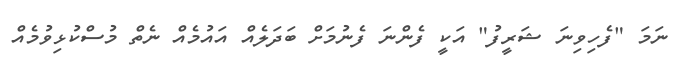
ނަމަ "ފެހިވިނަ ޝަރީފު" އަކީ ފެންނަ ފެނުމަށް ބަދަލެއް އައުމެއް ނެތް މުސްކުޅިވުމެއް